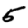
Digit: 5